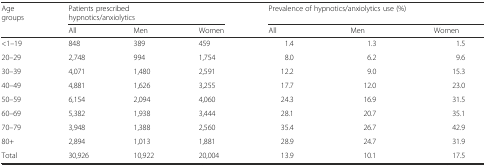
<table><thead><tr><td rowspan="2"><b>Agegroups</b></td><td colspan="3"><b>Patients prescribedhypnotics/anxiolytics</b></td><td colspan="3"><b>Prevalence of hypnotics/anxiolytics use (%)</b></td></tr><tr><td><b>All</b></td><td><b>Men</b></td><td><b>Women</b></td><td><b>All</b></td><td><b>Men</b></td><td><b>Women</b></td></tr></thead><tbody><tr><td>&lt;1–19</td><td>848</td><td>389</td><td>459</td><td>1.4</td><td>1.3</td><td>1.5</td></tr><tr><td>20–29</td><td>2,748</td><td>994</td><td>1,754</td><td>8.0</td><td>6.2</td><td>9.6</td></tr><tr><td>30–39</td><td>4,071</td><td>1,480</td><td>2,591</td><td>12.2</td><td>9.0</td><td>15.3</td></tr><tr><td>40–49</td><td>4,881</td><td>1,626</td><td>3,255</td><td>17.7</td><td>12.0</td><td>23.0</td></tr><tr><td>50–59</td><td>6,154</td><td>2,094</td><td>4,060</td><td>24.3</td><td>16.9</td><td>31.5</td></tr><tr><td>60–69</td><td>5,382</td><td>1,938</td><td>3,444</td><td>28.1</td><td>20.7</td><td>35.1</td></tr><tr><td>70–79</td><td>3,948</td><td>1,388</td><td>2,560</td><td>35.4</td><td>26.7</td><td>42.9</td></tr><tr><td>80+</td><td>2,894</td><td>1,013</td><td>1,881</td><td>28.9</td><td>24.7</td><td>31.9</td></tr><tr><td>Total</td><td>30,926</td><td>10,922</td><td>20,004</td><td>13.9</td><td>10.1</td><td>17.5</td></tr></tbody></table>